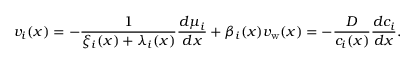
v _ { i } ( x ) = - \frac { 1 } { \xi _ { i } ( x ) + \lambda _ { i } ( x ) } \frac { d \mu _ { i } } { d x } + \beta _ { i } ( x ) v _ { \mathrm { w } } ( x ) = - \frac { D } { c _ { i } ( x ) } \frac { d c _ { i } } { d x } .